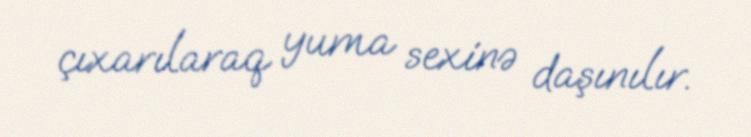
çıxarılaraq yuma sexinə daşınılır.